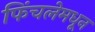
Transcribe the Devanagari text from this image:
फिंचलेमधून